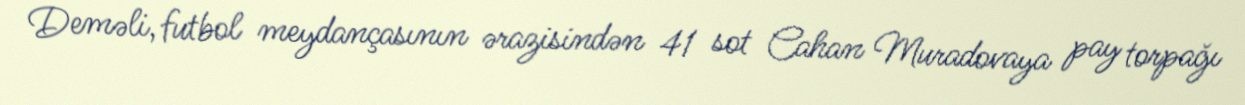
Deməli, futbol meydançasının ərazisindən 41 sot Cahan Muradovaya pay torpağı